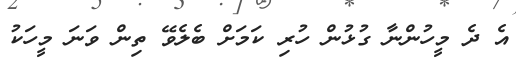
އެ ދެ މީހުންނާ ގުޅުން ހުރި ކަމަށް ބެލެވޭ ތިން ވަނަ މީހަކު